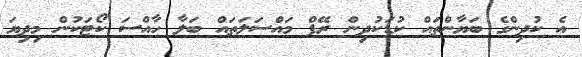
އެ ކުދިންގެ ބަޔާންތައް ކުޑަކުދިން ރޭޕް މައްސަލަތައް ބަލާ ހާއްސަ ކޯޓަކުން މިދިޔަ